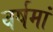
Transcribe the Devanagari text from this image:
वर्षमां